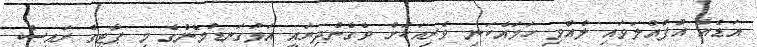
އަޑެއް އުފުއްލަވައި ލެއްވި ހަމައެކަނި ވެރިއަކަށް ވެގެންދިޔައީ އަޅުގަނޑުމެންގެ މި ޕާޓީގެ ރައީސް